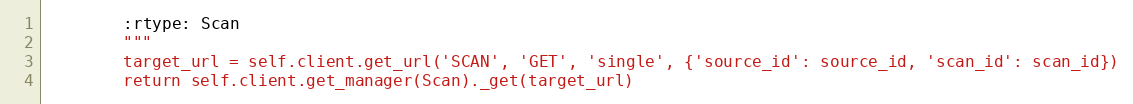
Language: Python
        :rtype: Scan
        """
        target_url = self.client.get_url('SCAN', 'GET', 'single', {'source_id': source_id, 'scan_id': scan_id})
        return self.client.get_manager(Scan)._get(target_url)